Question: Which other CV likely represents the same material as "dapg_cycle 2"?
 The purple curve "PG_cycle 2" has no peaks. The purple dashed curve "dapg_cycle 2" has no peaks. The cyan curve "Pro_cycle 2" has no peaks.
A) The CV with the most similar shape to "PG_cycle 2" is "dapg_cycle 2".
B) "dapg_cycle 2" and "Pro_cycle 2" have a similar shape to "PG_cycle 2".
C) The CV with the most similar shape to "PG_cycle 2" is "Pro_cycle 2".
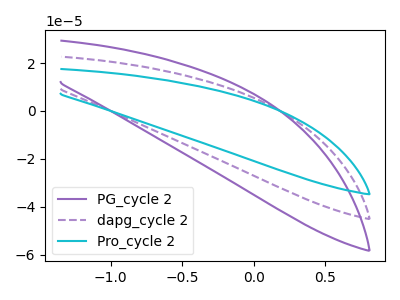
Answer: <think>Neither "PG_cycle 2" or "dapg_cycle 2" have any peaks. Neither "PG_cycle 2" or "Pro_cycle 2" have any peaks. Neither "dapg_cycle 2" or "Pro_cycle 2" have any peaks.
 </think>
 <answer>B) "dapg_cycle 2" and "Pro_cycle 2" have a similar shape to "PG_cycle 2".</answer>
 <eval>B</eval>